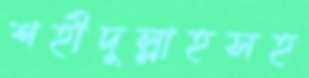
শহীদুল্লাহসহ